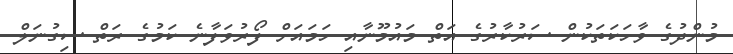
މުންދުގެ ވާހަކަތަކުން ސަރުކާރުގެ އަތް މައުމޫނާއި ހަމައަށް ފޯރުވަފާނެ ކަމުގެ ރަތް ސިގުނަލް